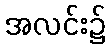
အလင်း၌